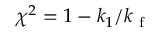
\chi ^ { 2 } = 1 - k _ { 1 } / k _ { \mathrm { ~ f ~ } }